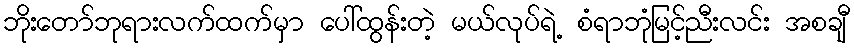
ဘိုးတော်ဘုရားလက်ထက်မှာ ပေါ်ထွန်းတဲ့ မယ်လုပ်ရဲ့ စံရာဘုံမြင့်ညီးလင်း အစချီ